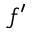
f ^ { \prime }